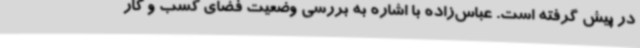
در پیش گرفته است. عباس‌زاده با اشاره به بررسی وضعیت فضای کسب و کار